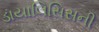
ડાયાલિસિસની